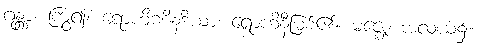
ဂန္တွာ၊ ကြွ၍။ ရောဟိဏိနဒိယာ၊ ရောဟိနီမြစ်၏။ မဇ္ဈေ၊ အလယ်၌။